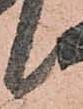
候